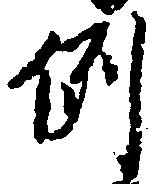
例